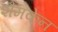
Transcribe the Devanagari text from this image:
शैमकेन